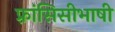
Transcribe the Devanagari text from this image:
फ़्रांसिसीभाषी